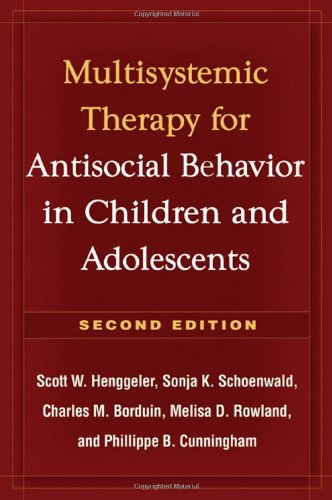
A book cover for Multisystemic Therapy for Antisocial Behavior in Children and Adolescents; Scott W. Henggeler PhD; Health, Fitness & Dieting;